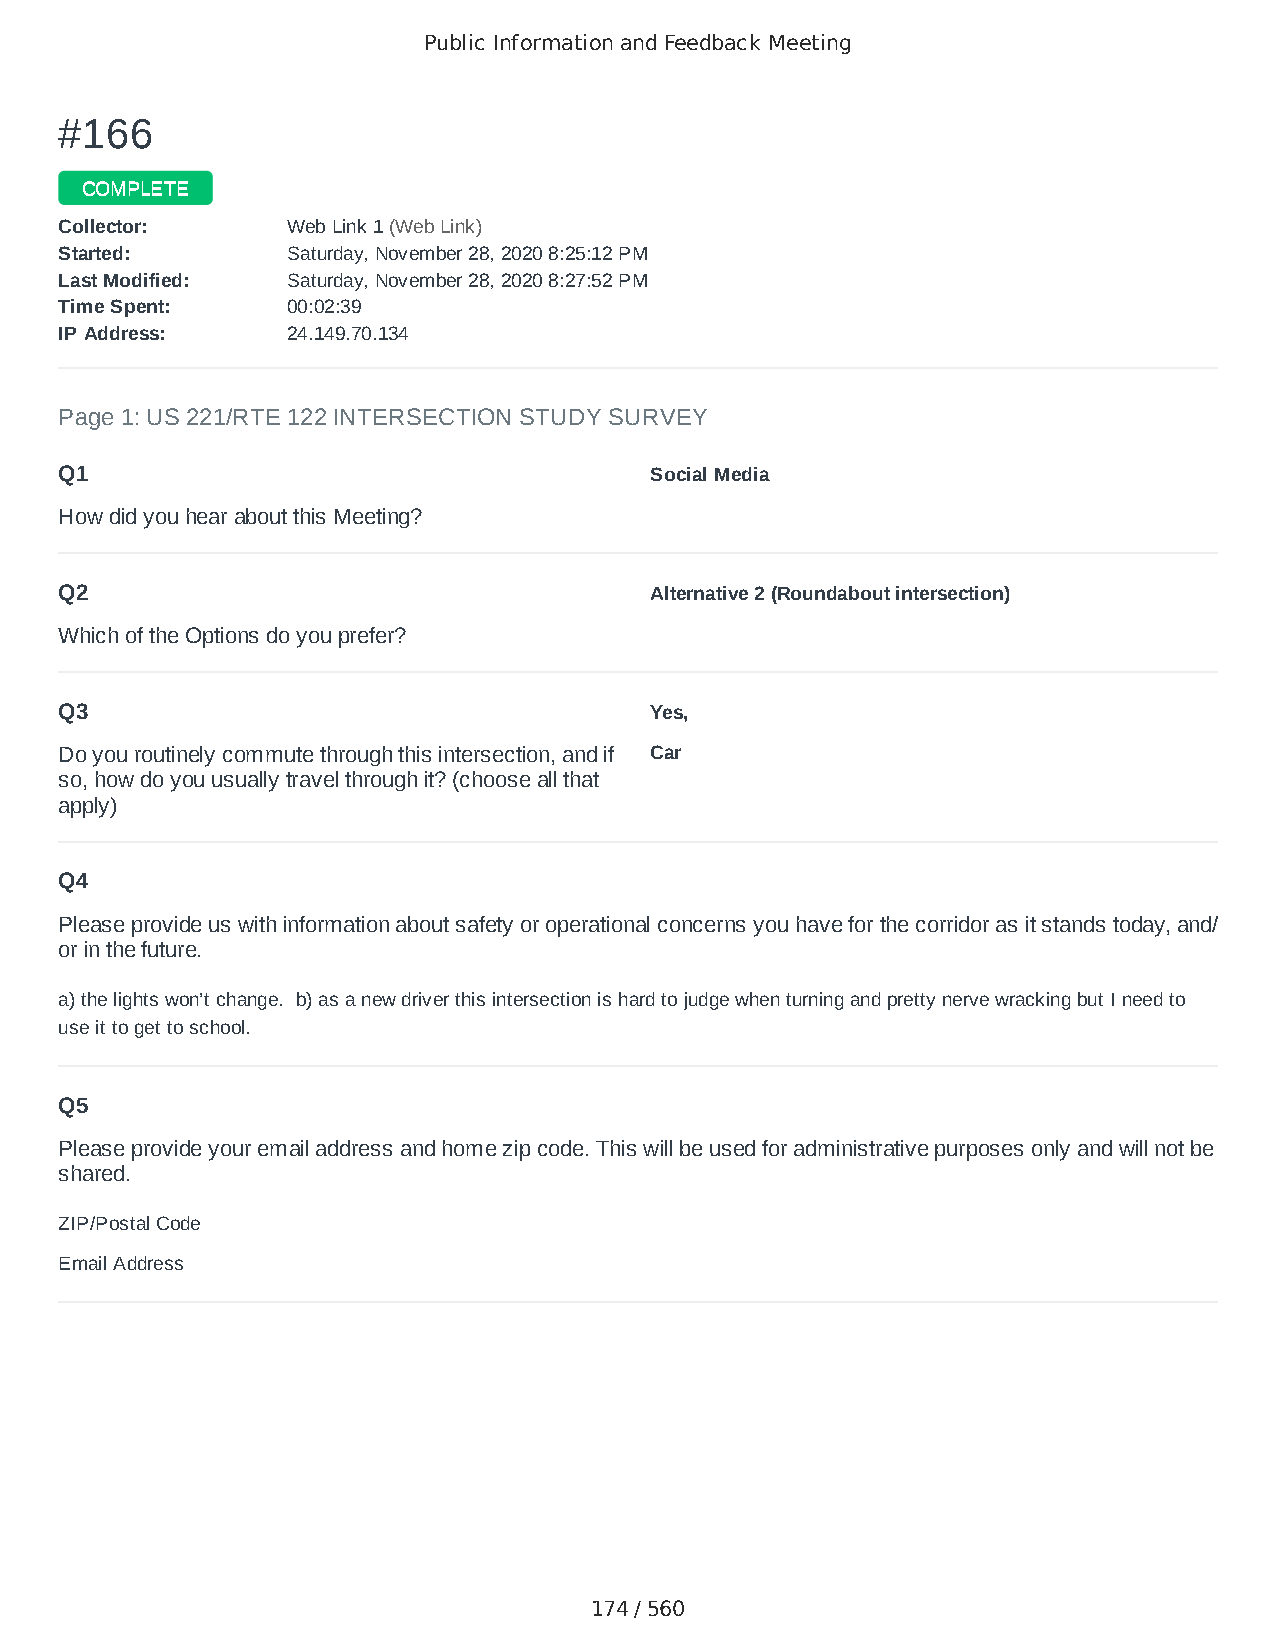
Public Information and Feedback Meeting
 ##116666
 CCOOMMPPLLEETTEE
 CCoolllleeccttoorr:: WWeebb LLiinnkk 11 ((WWeebb LLiinnkk))
 SSttaarrtteedd:: SSaattuurrddaayy,, NNoovveemmbbeerr 2288,, 22002200 88::2255::1122 PPMM
 LLaasstt MMooddiiffiieedd:: SSaattuurrddaayy,, NNoovveemmbbeerr 2288,, 22002200 88::2277::5522 PPMM
 TTiimmee SSppeenntt:: 0000::0022::3399
 IIPP AAddddrreessss:: 2244..114499..7700..113344
 Page 1: US 221/RTE 122 INTERSECTION STUDY SURVEY
 Q1                                     Social Media
 How did you hear about this Meeting?
 Q2                                     Alternative 2 (Roundabout intersection)
 Which of the Options do you prefer?
 Q3                                     Yes,
 Do you routinely commute through this intersection, and if Car
 so, how do you usually travel through it? (choose all that
 apply)
 Q4
 Please provide us with information about safety or operational concerns you have for the corridor as it stands today, and/
 or in the future.
 a) the lights won’t change. b) as a new driver this intersection is hard to judge when turning and pretty nerve wracking but I need to
 use it to get to school.
 Q5
 Please provide your email address and home zip code. This will be used for administrative purposes only and will not be
 shared.
 ZIP/Postal Code                        24523
 Email Address                          mak1leigh@gmail.com
 174 / 560